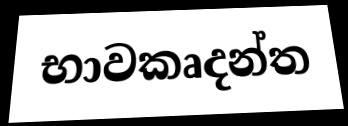
භාවකෘදන්ත